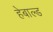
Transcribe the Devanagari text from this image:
हेबाल्ड